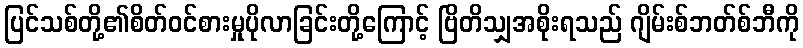
ပြင်သစ်တို့၏စိတ်ဝင်စားမှုပိုလာခြင်းတို့ကြောင့် ဗြိတိသျှအစိုးရသည် ဂျိမ်းစ်ဘတ်စ်ဘီကို